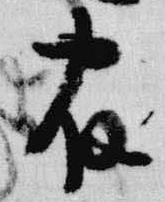
宿